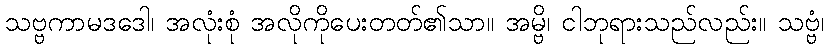
သဗ္ဗကာမဒဒေါ၊ အလုံးစုံ အလိုကိုပေးတတ်၏သာ။ အမ္ဗိ၊ ငါဘုရားသည်လည်း။ သဗ္ဗံ၊